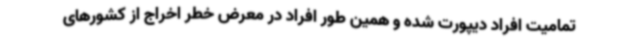
تمامیت افراد دیپورت شده و همین طور افراد در معرض خطر اخراج از کشورهای